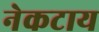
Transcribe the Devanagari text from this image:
नेकटाय